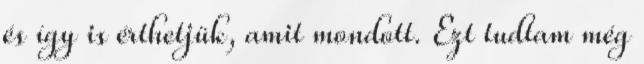
és így is érthetjük, amit mondott. Ezt tudtam még